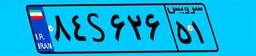
۸۴S۶۲۶۵۱